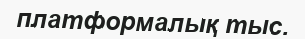
платформалық тыс.